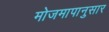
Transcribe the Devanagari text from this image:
मोजमापानुसार